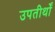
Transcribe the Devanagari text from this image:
उपतीर्थों